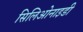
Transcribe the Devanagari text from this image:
सिलिओनाइडी